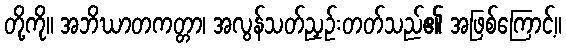
တို့ကို။ အဘိဃာတကတ္တာ၊ အလွန်သတ်ညှဉ်းတတ်သည်၏ အဖြစ်ကြောင့်။